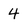
Character: 4